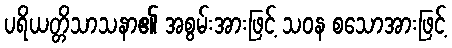
ပရိယတ္တိသာသနာ၏ အစွမ်းအားဖြင့် သဝန စသောအားဖြင့်